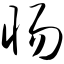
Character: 惕